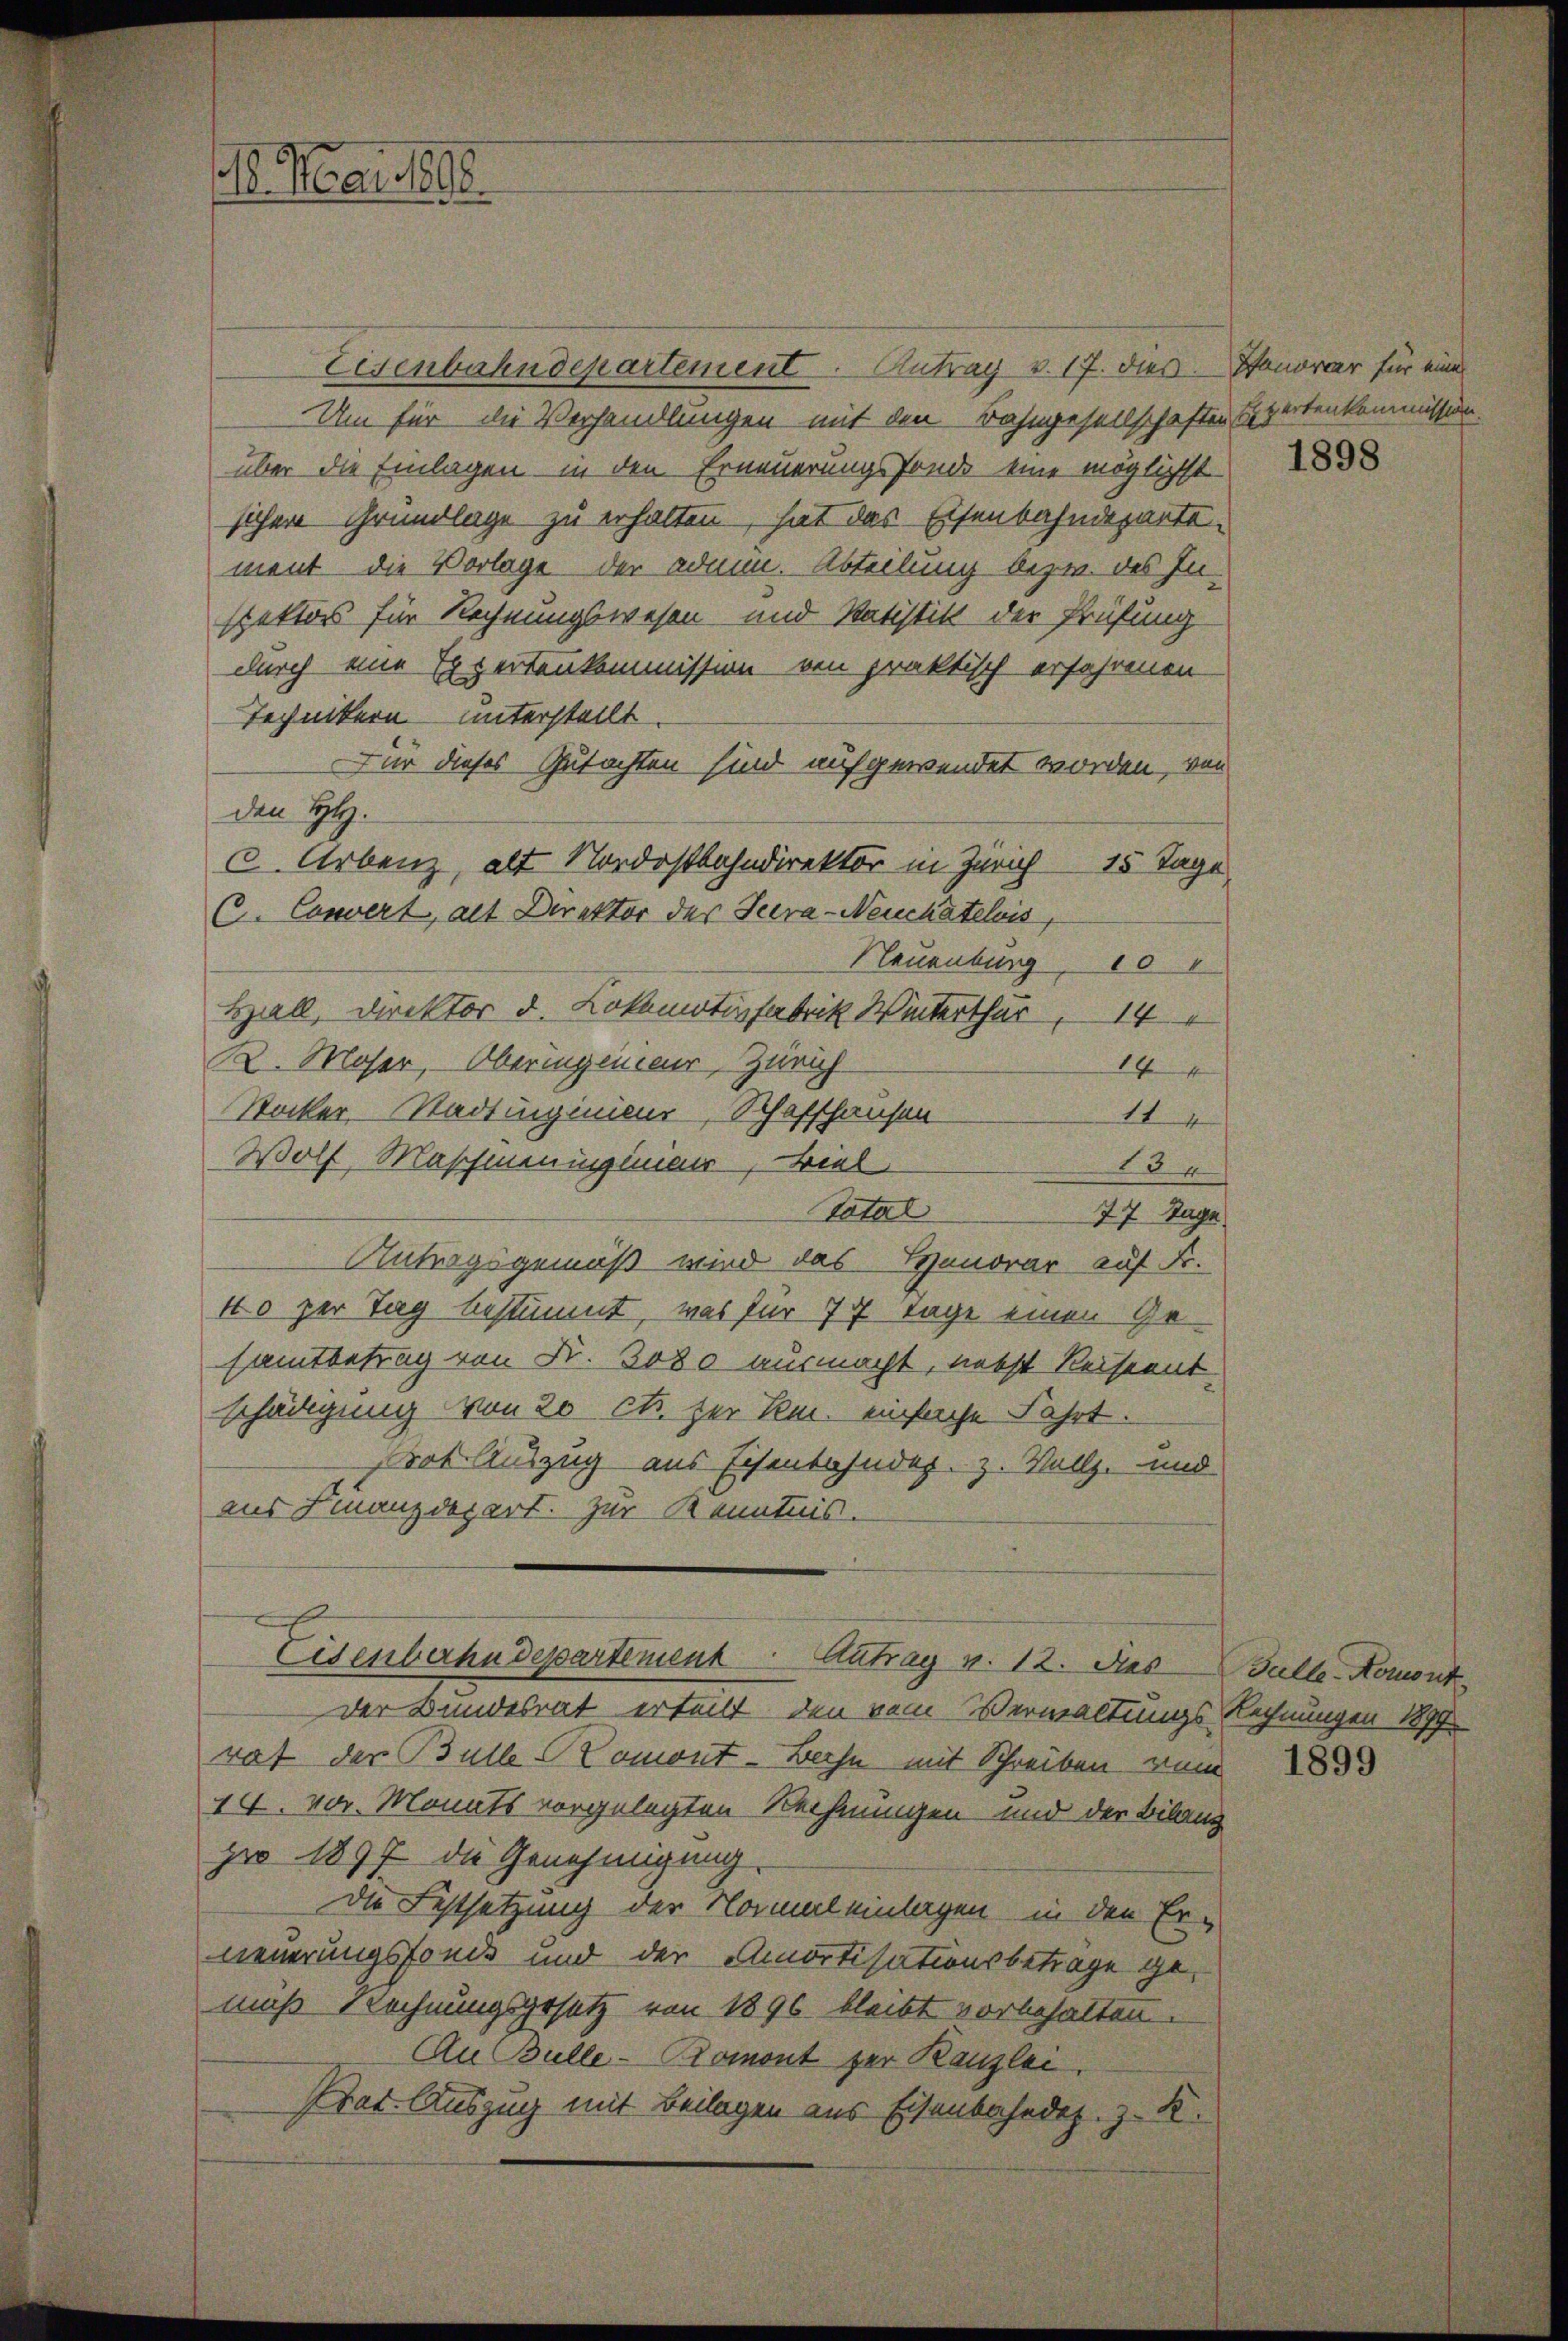
(l. Mai 1888

Eisenbahndepartement. Antrag v. 17. dies
Um für die Verhandlungen mit den Bahngesellschaften Expertenkommission.
über die Einlagen in den Erneuerungsfonds eine möglichst
sichere Grundlage zu erhalten, hat das Eisenbahndeparte
ment die Vorlage der admin. Abteilung bezw. des In-
spektors für Rechnungswesen und Statistik der Prüfung
durch eine Expertenkommission von praktisch erfahrenen
Technikern unterstellt.
nur dieses Gutachten sind aufgewendet worden, von
den H.
c. Arbenz, als Nordostbahndirektor in Zürich 15 Tage
C. Convert, alt Direktor der Terra-Neuchâtelois
Neuenburg
10
Hall, Direktor d. Lokomotivfabrik Winterthur 14
K. Moser, Oberingenieur, Zürich
14
Stocker-Stadtungenieur, Schaffhausen
11
Wolf Maschineningenen, viel
15
Tatal
77 Tage
Antragsgemäß wird das Honorar auf Fr.
40 zur Tag bestimmt, was für 77 Tage einen Ge-
samtbetrag von Fr. 3080 ausmacht, nebst Reiseent
schädigung von 20 cts. der R. einfache Fahrt.
rot Auszug aus Eisenbahndep. z. Vollz. und
aus Finanzdepart. Zur Kenntnis.
Eisenbahndepartement Antrag v. 12. Das Balle-Komont
Der Bundesrat erteilt, den vom Verwaltungs Rechnungen 1877.
rat der Bulle Comont-Bahn mit Schreiben vom
14. vor. Monats vorgelegten Rechnungen und der Bilanz
pro 1897 die Genehmigung
Die Festsetzung der Normal einlagen in den Er-
neuerungsfonds und der Amortisationsbeträge gemuß Technungsgesetz von 1896 bleibt vorbehalten.
An Bulle-Romont zur Kanzlei.
Prat. Auszug mit Beilagen aus Eisenbahndoz. z. K.

Panorar für eine

1898

1899